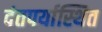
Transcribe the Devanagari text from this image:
दंतपर्यास्थित